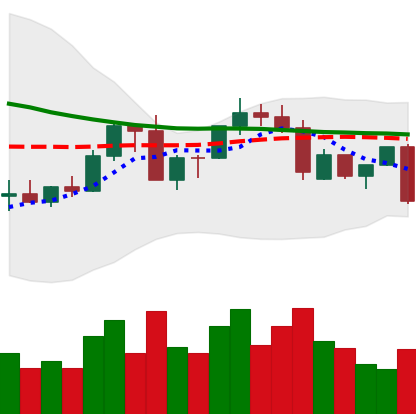
Ticker: ADA-USD
Chart end date: 2022-09-18
Forward return: 3.273%
Label: up_3_5